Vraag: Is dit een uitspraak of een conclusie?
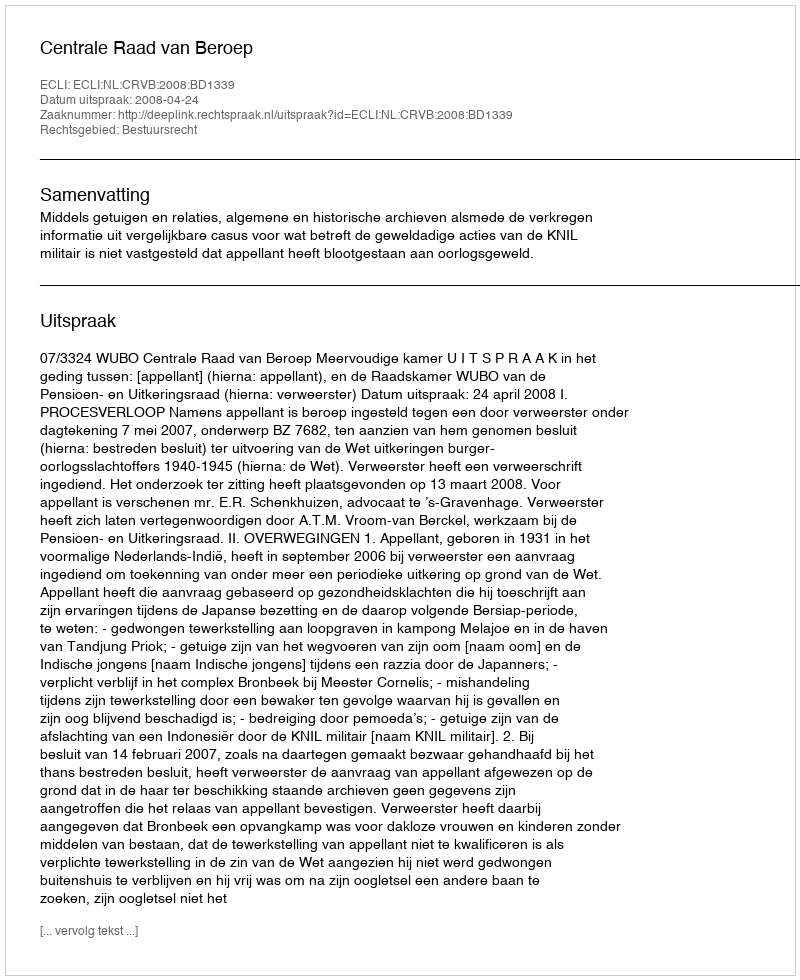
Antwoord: Uitspraak